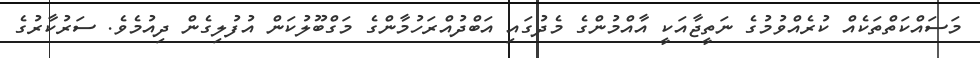
މަސައްކަތްތަކެއް ކުރެއްވުމުގެ ނަތީޖާއަކީ އާއްމުންގެ މެދުގައި އަބްދުއްރަހުމާންގެ މަގްބޫލުކަން އުފުލިގެން ދިއުމެވެ. ސަރުކާރުގެ